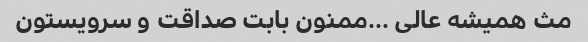
مث همیشه عالی …ممنون بابت صداقت و سرویستون